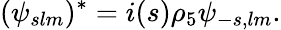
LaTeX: (\psi_{slm})^{*}=i(s)\rho_{5}\psi_{-s,lm}.